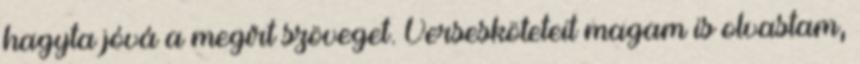
hagyta jóvá a megírt szöveget. Versesköteteit magam is olvastam,